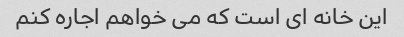
این خانه ای است که می خواهم اجاره کنم